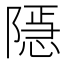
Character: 𨼆